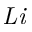
\mathit { L i }